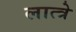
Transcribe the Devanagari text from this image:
लात्त्रे